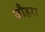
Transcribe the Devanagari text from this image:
जौहरा